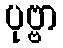
ပုဗ္ဗာ